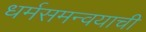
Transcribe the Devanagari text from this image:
धर्मसमन्वयाची